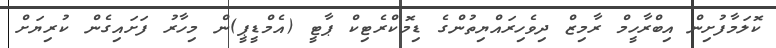
ކޮލަމާފުށިން އިބްރާހީމް ރާމިޒް ދިވެހިރައްޔިތުންގެ ޑިމޮކްރެޓިކް ޕާޓީ (އެމްޑީޕީ)ން މިހާރު ފަށައިގެން ކުރިޔަށް